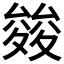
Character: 𭐪